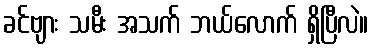
ခင်ဗျား သမီး အသက် ဘယ်လောက် ရှိပြီလဲ။